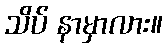
သိပ် နာမှာလား။